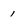
Character: 1